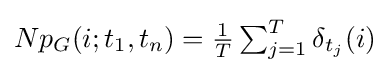
Np_{G}(i;t_{1},t_{n})=\textstyle {\frac {1}{T}}\sum _{j=1}^{T}{\delta _{t_{j}}(i)}